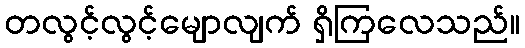
တလွင့်လွင့်မျောလျက် ရှိကြလေသည်။